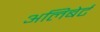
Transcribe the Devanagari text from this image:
अलिबेर्ट